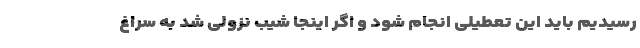
رسیدیم باید این تعطیلی انجام شود و اگر اینجا شیب نزولی شد به سراغ